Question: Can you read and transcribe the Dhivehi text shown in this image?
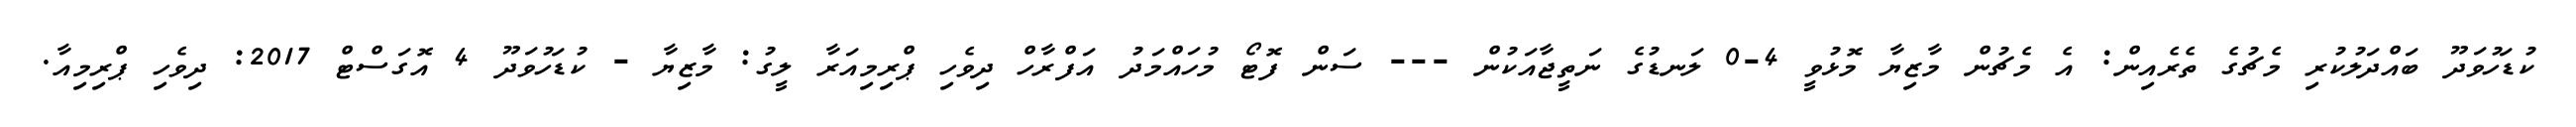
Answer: ކުޑަހުވަދޫ ބައްދަލުކުރި މެޗުގެ ތެރެއިން: އެ މެޗުން މާޒިޔާ މޮޅުވީ 4-0 ލަނޑުގެ ނަތީޖާއަކުން --- ސަން ފޮޓޯ މުހައްމަދު އަފްރާހް ދިވެހި ޕްރިމިއަރާ ލީގު: މާޒިޔާ - ކުޑަހުވަދޫ 4 އޮގަސްޓް 2017: ދިވެހި ޕްރިމިއާ.